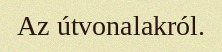
Az útvonalakról.